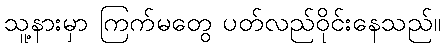
သူ့နားမှာ ကြက်မတွေ ပတ်လည်ဝိုင်းနေသည်။